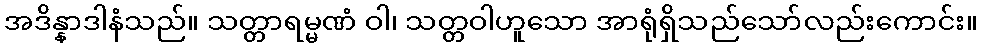
အဒိန္နာဒါနံသည်။ သတ္တာရမ္မဏံ ဝါ၊ သတ္တဝါဟူသော အာရုံရှိသည်သော်လည်းကောင်း။